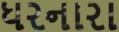
ધરનારા